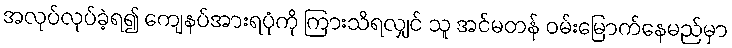
အလုပ်လုပ်ခဲ့ရ၍ ကျေနပ်အားရပုံကို ကြားသိရလျှင် သူ အင်မတန် ဝမ်းမြောက်နေမည်မှာ